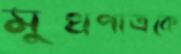
মুখপাত্রকে